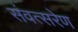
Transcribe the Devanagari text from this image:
संवत्सरेण